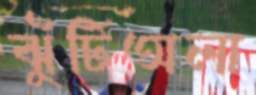
ঝুঁটিঅলা